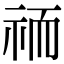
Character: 𮁮